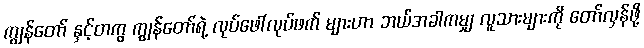
ကျွန်တော် နှင့်တကွ ကျွန်တော်ရဲ့ လုပ်ဖေါ်လုပ်ဖက် များဟာ ဘယ်အခါကမျှ လူသားများကို တော်လှန်ဖို့